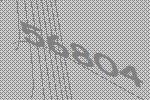
56804